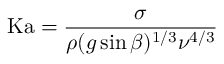
\mathrm { K a } = { \frac { \sigma } { \rho ( g \sin \beta ) ^ { 1 / 3 } \nu ^ { 4 / 3 } } }